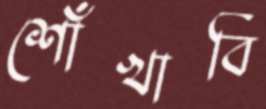
শোঁখাবি